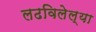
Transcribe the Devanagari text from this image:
लढविलेल्या